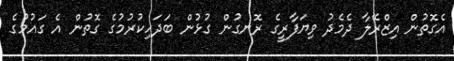
އެގޮތުން އިޒްރޭލާ ދެމެދު ވިޔަފާރީގެ ރޮނގުން ގުޅުން ބަދަހިކުރުމުގެ ގޮތުން އެ ގައުމުގެ